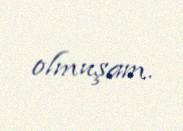
olmuşam.